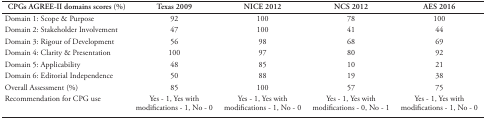
<table><thead><tr><td><b>CPGs AGREE-II domains scores (%)</b></td><td><b>Texas 2009</b></td><td><b>NICE 2012</b></td><td><b>NCS 2012</b></td><td><b>AES 2016</b></td></tr></thead><tbody><tr><td>Domain 1: Scope &amp; Purpose</td><td>92</td><td>100</td><td>78</td><td>100</td></tr><tr><td>Domain 2: Stakeholder Involvement</td><td>47</td><td>100</td><td>41</td><td>44</td></tr><tr><td>Domain 3: Rigour of Development</td><td>56</td><td>98</td><td>68</td><td>69</td></tr><tr><td>Domain 4: Clarity &amp; Presentation</td><td>100</td><td>97</td><td>80</td><td>92</td></tr><tr><td>Domain 5: Applicability</td><td>48</td><td>85</td><td>10</td><td>21</td></tr><tr><td>Domain 6: Editorial Independence</td><td>50</td><td>88</td><td>19</td><td>38</td></tr><tr><td>Overall Assessment (%)</td><td>85</td><td>100</td><td>57</td><td>75</td></tr><tr><td>Recommendation for CPG use</td><td>Yes - 1, Yes with modifications - 1, No - 0</td><td>Yes - 1, Yes with modifications - 1, No - 0</td><td>Yes - 1, Yes with modifications - 0, No - 1</td><td>Yes - 1, Yes with modifications - 1, No - 0</td></tr></tbody></table>